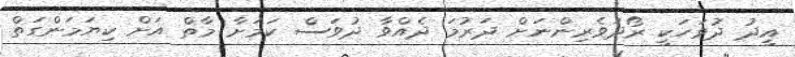
އީދު ދުވަހަކީ ރޯދަވެރިންނަަށް ދަރުމަ ދެއްވާ ދުވަސް ކަމަށާ މާތް އަށް ކިޔަމަންގަތް